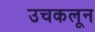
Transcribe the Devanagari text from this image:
उचकलून